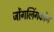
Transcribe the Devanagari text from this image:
जोंगलिंगकोंग